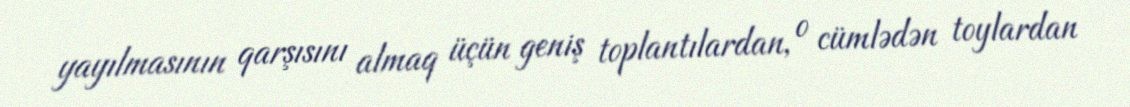
yayılmasının qarşısını almaq üçün geniş toplantılardan, o cümlədən toylardan